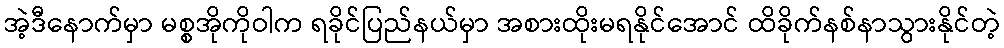
အဲ့ဒီနောက်မှာ မစ္စအိုကိုဝါက ရခိုင်ပြည်နယ်မှာ အစားထိုးမရနိုင်အောင် ထိခိုက်နစ်နာသွားနိုင်တဲ့